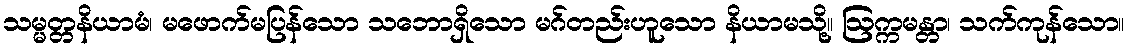
သမ္မတ္တနိယာမံ၊ မဖောက်မပြန်သော သဘောရှိသော မဂ်တည်းဟူသော နိယာမသို့။ ဩက္ကမန္တာ၊ သက်ကုန်သော။